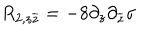
LaTeX: R _ { 2 , z \overline { { { z } } } } = - 8 \partial _ { z } \partial _ { \overline { { { z } } } } \mathrm { \ s i g m a }